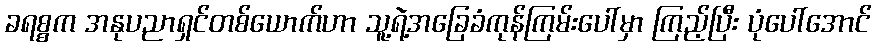
ခရစ္စက အနုပညာရှင်တစ်ယောက်ဟာ သူ့ရဲ့အခြေခံကုန်ကြမ်းပေါ်မှာ ကြည့်ပြီး ပုံပေါ်အောင်